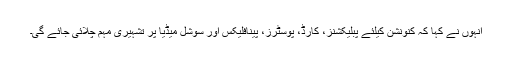
انہوں نے کہا کہ کنونشن کیلئے پبلیکشنز، کارڈ، پوسٹرز، پینافلیکس اور سوشل میڈیا پر تشہیری مہم چلائی جائے گی۔